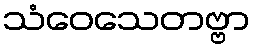
သံဝေသေတဗ္ဗာ